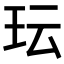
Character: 𬍒